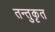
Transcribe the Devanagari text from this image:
तन्तुकृत